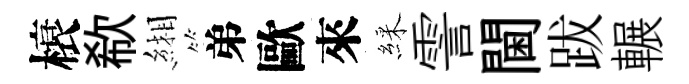
榱欷緗弟歐來綵霅閫跋輾